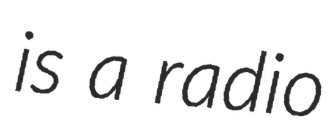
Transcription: is a radio